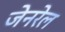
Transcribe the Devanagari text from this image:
जेनरेल